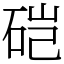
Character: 硙